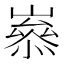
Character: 𡼶